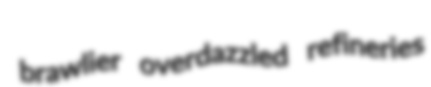
brawlier overdazzled refineries